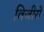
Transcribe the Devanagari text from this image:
विजीरों